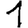
Digit: 1